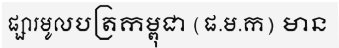
ផ្សារមូលបត្រកម្ពុជា (ផ.ម.ក) មាន